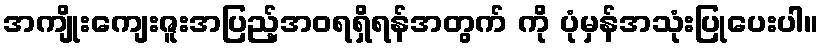
အကျိုးကျေးဇူးအပြည့်အဝရရှိရန်အတွက် ကို ပုံမှန်အသုံးပြုပေးပါ။